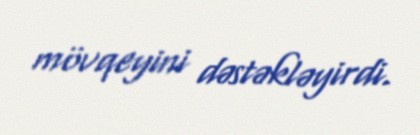
mövqeyini dəstəkləyirdi.